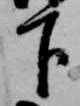
下